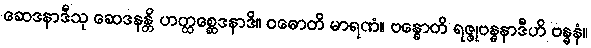
ဆေဒနာဒီသု ဆေဒနန္တိ ဟတ္ထစ္ဆေဒနာဒိ။ ဝဓောတိ မာရဏံ။ ဗန္ဓောတိ ရဇ္ဇုဗန္ဓနာဒီဟိ ဗန္ဓနံ။